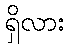
ရှိလား